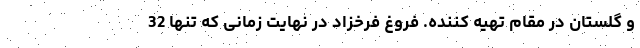
و گلستان در مقام تهیه کننده. فروغ فرخزاد در نهایت زمانی که تنها 32